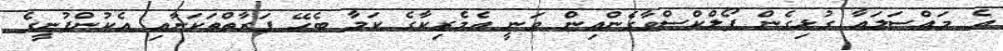
އެ މައްސަލައާ ގުޅިގެން ފޯލްކްސްވާގެންއިން ވަނީ އެމެރިކާގެ ކަމާ ބެހޭ ފަރާތްތަކަށާއި އެކުންފުނީގެ